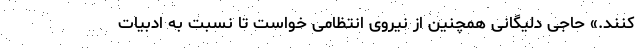
کنند.» حاجی دلیگانی همچنین از نیروی انتظامی خواست تا نسبت به ادبیات